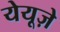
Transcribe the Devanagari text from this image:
येयूज़े